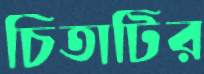
চিতাটির